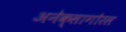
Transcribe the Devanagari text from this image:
अनेक्सागोरस